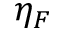
\eta _ { F }